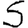
Digit: 5